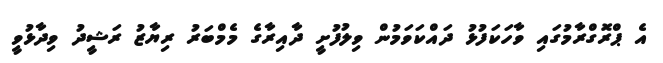
އެ ޕްރޮގްރާމުގައި ވާހަކަފުޅު ދައްކަވަމުން ވިލުފުށީ ދާއިރާގެ މެމްބަރު ރިޔާޒު ރަޝީދު ވިދާޅުވީ